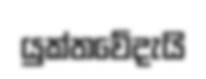
යුක්තවේදැයි